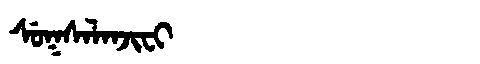
Manchu: ᠰᡠᡴᠰᠠᠯᠠᠨᠵᡳᠸᡳ
Romanization: SUKSALANJIFI